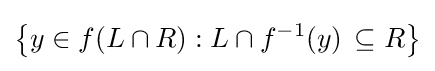
\left\{y\in f(L\cap R):L\cap f^{-1}(y)\,\subseteq R\right\}